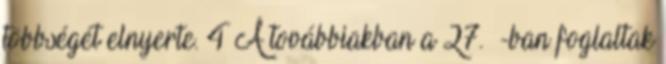
többségét elnyerte. 4 A továbbiakban a 27. §-ban foglaltak